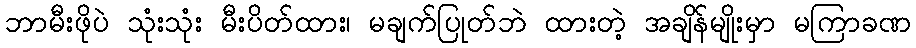
ဘာမီးဖိုပဲ သုံးသုံး မီးပိတ်ထား၊ မချက်ပြုတ်ဘဲ ထားတဲ့ အချိန်မျိုးမှာ မကြာခဏ